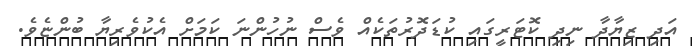
އަދި ޒިޔާދާ ނިދި ކޮޓަރީގައި ކުޑަދޮރުތަކެއް ވެސް ނުހުންނަ ކަމަށް އެކުވެރިޔާ ބުންޏެވެ.